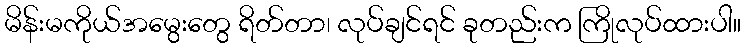
မိန်းမကိုယ်အမွေးတွေ ရိတ်တာ၊ လုပ်ချင်ရင် ခုတည်းက ကြိုလုပ်ထားပါ။